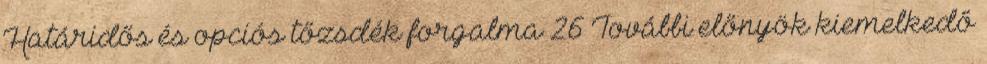
Határidős és opciós tőzsdék forgalma 26 További előnyök kiemelkedő